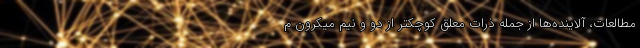
مطالعات، آلاینده‌ها از جمله ذرات معلق کوچکتر از دو و نیم میکرون م